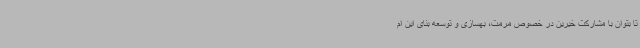
تا بتوان با مشارکت خیرین در خصوص مرمت، بهسازی و توسعه بنای این ام